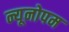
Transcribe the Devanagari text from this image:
न्यूनोपम